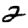
Digit: 2